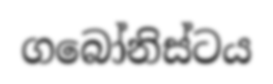
ගබෝනිස්ටය